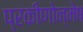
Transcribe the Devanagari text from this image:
प्रकीणोन्मेष